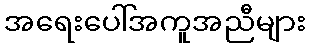
အရေးပေါ်အကူအညီများ